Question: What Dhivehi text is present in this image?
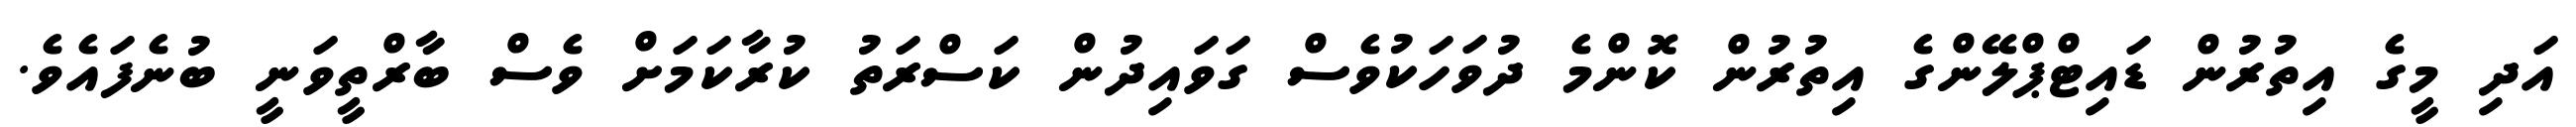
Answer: އަދި މީގެ އިތުރުން ޑައިޓްޕްލޭންގެ އިތުރުން ކޮންމެ ދުވަހަކުވެސް ގަވައިދުން ކަސްރަތު ކުރާކަމަށް ވެސް ބާރްތީވަނީ ބުނެފައެވެ.